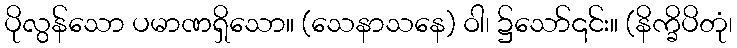
ပိုလွန်သော ပမာဏရှိသော။ (သေနာသနေ) ဝါ၊ ၌သော်၎င်း။ (နိက္ခိပိတုံ၊